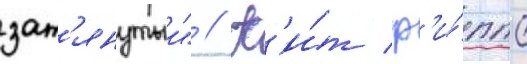
зат'янутыи" // К'и́т ф'и́ппс